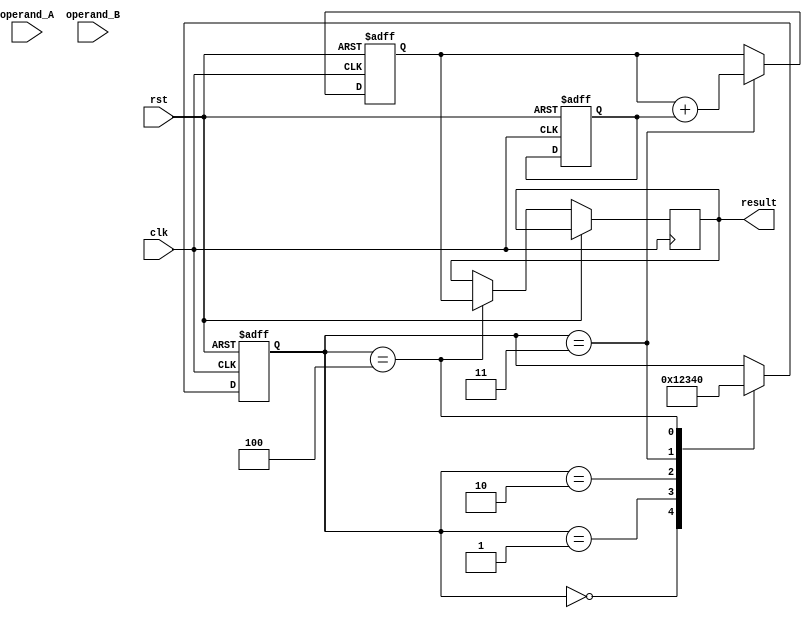
module SequentialBoothMultiplier(
  input wire clk,
  input wire rst,
  input wire [31:0] operand_A,
  input wire [31:0] operand_B,
  output wire [63:0] result
);

reg [31:0] booth_A;
reg [31:0] booth_B;
reg [31:0] mul_result;
reg [63:0] accum;
reg [3:0] state;

always @(posedge clk or posedge rst) begin
  if (rst) begin
    booth_A <= 0;
    booth_B <= 0;
    mul_result <= 0;
    accum <= 0;
    state <= 0;
  end else begin
    case (state)
      0: begin
        booth_A <= operand_A;
        booth_B <= operand_B;
        state <= 1;
      end
      1: begin
        // Booth encoder implementation
        // Convert booth_A and booth_B to Booth encoded format
        state <= 2;
      end
      2: begin
        // Multiplier implementation
        // Multiply booth_A and booth_B using adders and shift operations
        state <= 3;
      end
      3: begin
        // Accumulator implementation
        // Accumulate partial products to produce final output
        accum <= accum + mul_result;
        state <= 4;
      end
      4: begin
        // Register file implementation
        // Store intermediate results and output during multiplication process
        result <= accum;
        state <= 0;
      end
    endcase
  end
end

endmodule